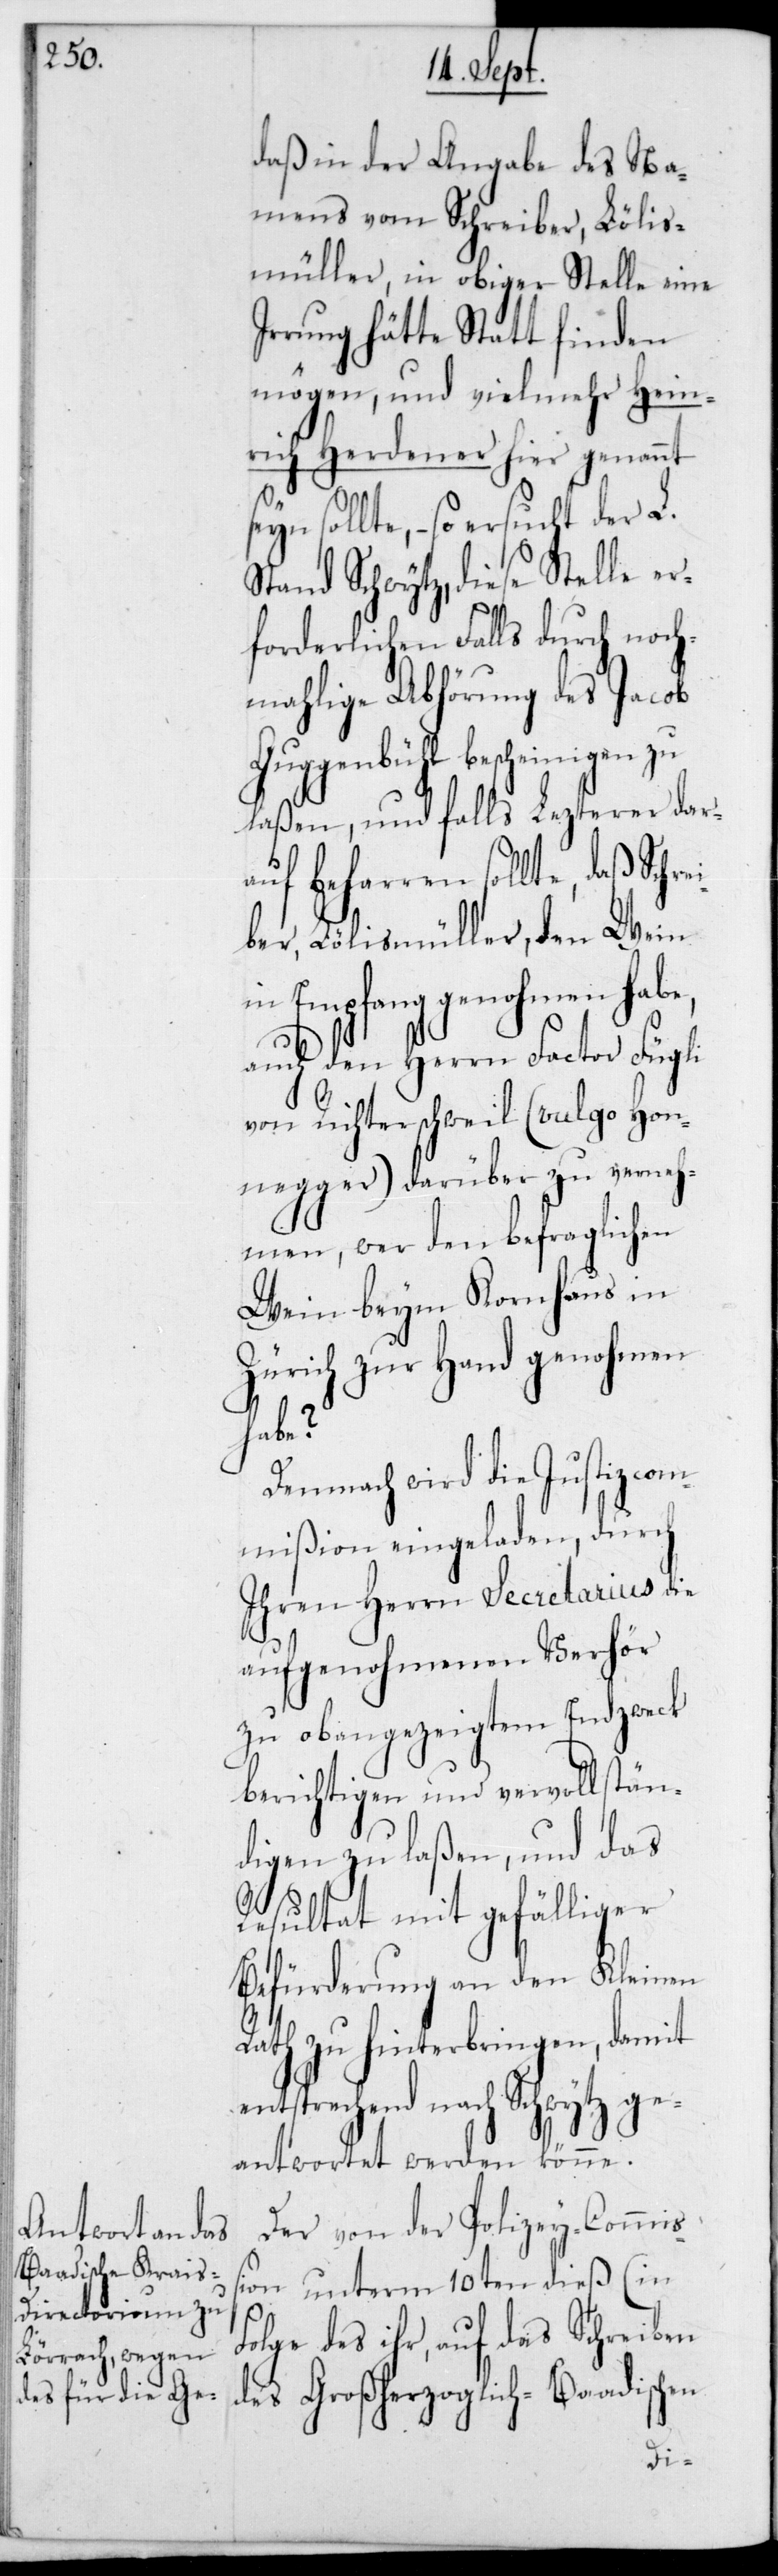
daß in der Angabe des Na¬
mens vom Schreiber, Lölis¬
müller, in obiger Stelle eine
Irrung hätte Statt finden
mögen, und vielmehr Hein¬
rich Herdener hier genannt
sollte, – so ersucht der L.
Stand Schwytz, diese Stelle er¬
forderlichen Falls durch noch¬
mahlige Abhörung des Jacob
Guggenbühl bescheinigen zu
laßen, und falls Lezterer dar¬
auf beharren sollte, daß Schr¬
ber, Lölismüller, den Wein
in Empfang genohmen habe,
auch den Herrn Factor Fügli
von Richterschweil (vulgo Hon¬
egger) darüber zu verneh¬
men, wer den befraglichen
Wein beym Kornhaus in
Zürich zur Hand genohmen
e¬
Demnach wird die Justizcom¬
mißion eingeladen, durch
ihren Herrn Secretarius die
aufgenohmenen Verhör
zu obangezeigtem Endzweck
berichtigen und vervollstän¬
digen zu laßen, und das
Resultat mit gefälliger
Befürderung an den Kleinen
Rath zu hinterbringen, damit
ntsprechend nach Schwytz ge¬
antwortet werden könne.
Der von der Polizey-Commißi¬
on unterm 10ten dieß (in
Folge des ihr, auf das Schreiben
ei¬